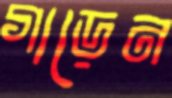
গাড়েন